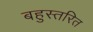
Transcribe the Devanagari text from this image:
बहुस्तरित